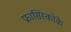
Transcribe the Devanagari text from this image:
फ्रांसिस्कोके